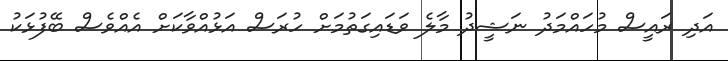
އަދި ރައީސް މުހައްމަދު ނަޝީދު މާލެ ވަޑައިގަތުމަށް ހުރަސް އަޅުއްވާކަށް އެއްވެސް ބޭފުޅަކު